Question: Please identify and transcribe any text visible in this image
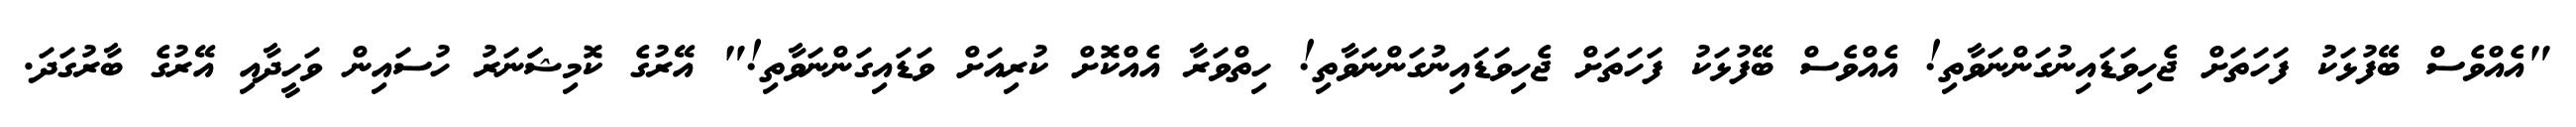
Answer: "އެއްވެސް ބޭފުޅަކު ފަހަތަށް ޖެހިވަޑައިނުގަންނަވާތި! އެއްވެސް ބޭފުޅަކު ފަހަތަށް ޖެހިވަޑައިނުގަންނަވާތި! ހިތްވަރާ އެއްކޮށް ކުރިއަށް ވަޑައިގަންނަވާތި!" އޭރުގެ ކޮމިޝަަނަރު ހުސައިން ވަހީދާއި އޭރުގެ ބާރުގަދަ.